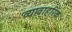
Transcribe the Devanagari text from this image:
व्यावाहरिक